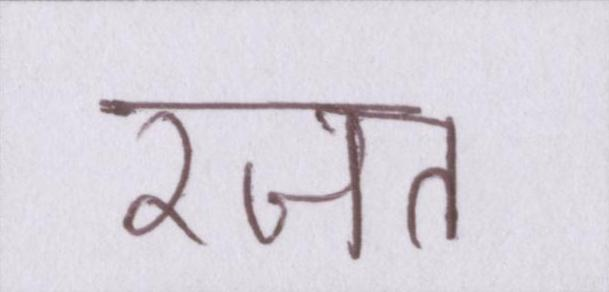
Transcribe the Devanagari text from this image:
रजत